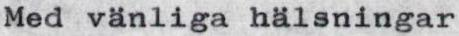
Med vänliga hälsningar